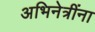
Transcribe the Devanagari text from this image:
अभिनेत्रींना